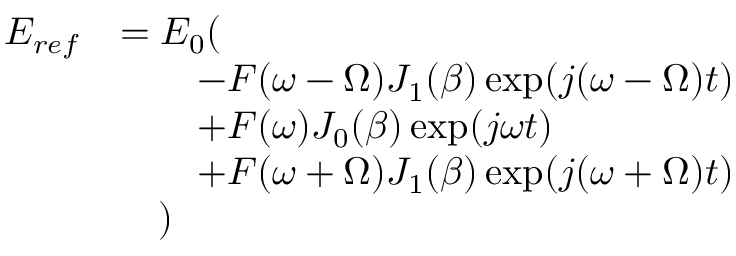
\begin{array} { r l } { E _ { r e f } } & { = E _ { 0 } ( } \\ & { \quad \quad - F ( \omega - \Omega ) J _ { 1 } ( \beta ) \exp ( j ( \omega - \Omega ) t ) } \\ & { \quad \quad + F ( \omega ) J _ { 0 } ( \beta ) \exp ( j \omega t ) } \\ & { \quad \quad + F ( \omega + \Omega ) J _ { 1 } ( \beta ) \exp ( j ( \omega + \Omega ) t ) } \\ & { \quad ) } \end{array}